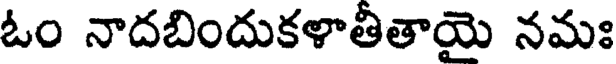
ఓం నాదబిందుకళాతీతాయై నమః